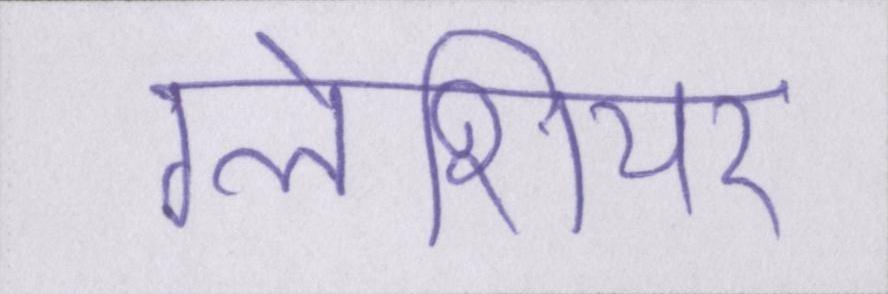
ग्लेशियर